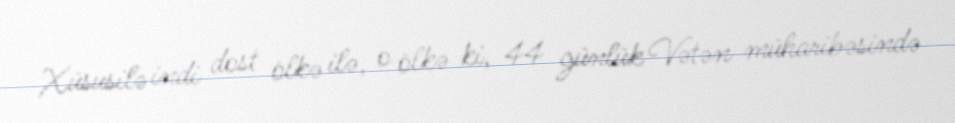
Xüsusilə indi dost ölkə ilə, o ölkə ki, 44 günlük Vətən müharibəsində